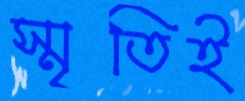
স্মৃতিই